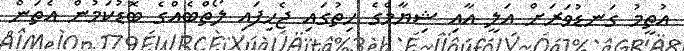
އުތީމު ގަނޑުވަރަށް އަލީ އާއި ޝިޔާމްގެ ހިތުގައި ޖެހިފައި ލޯތްބެއްގެ ބޮޑުކަމުން އެތަން